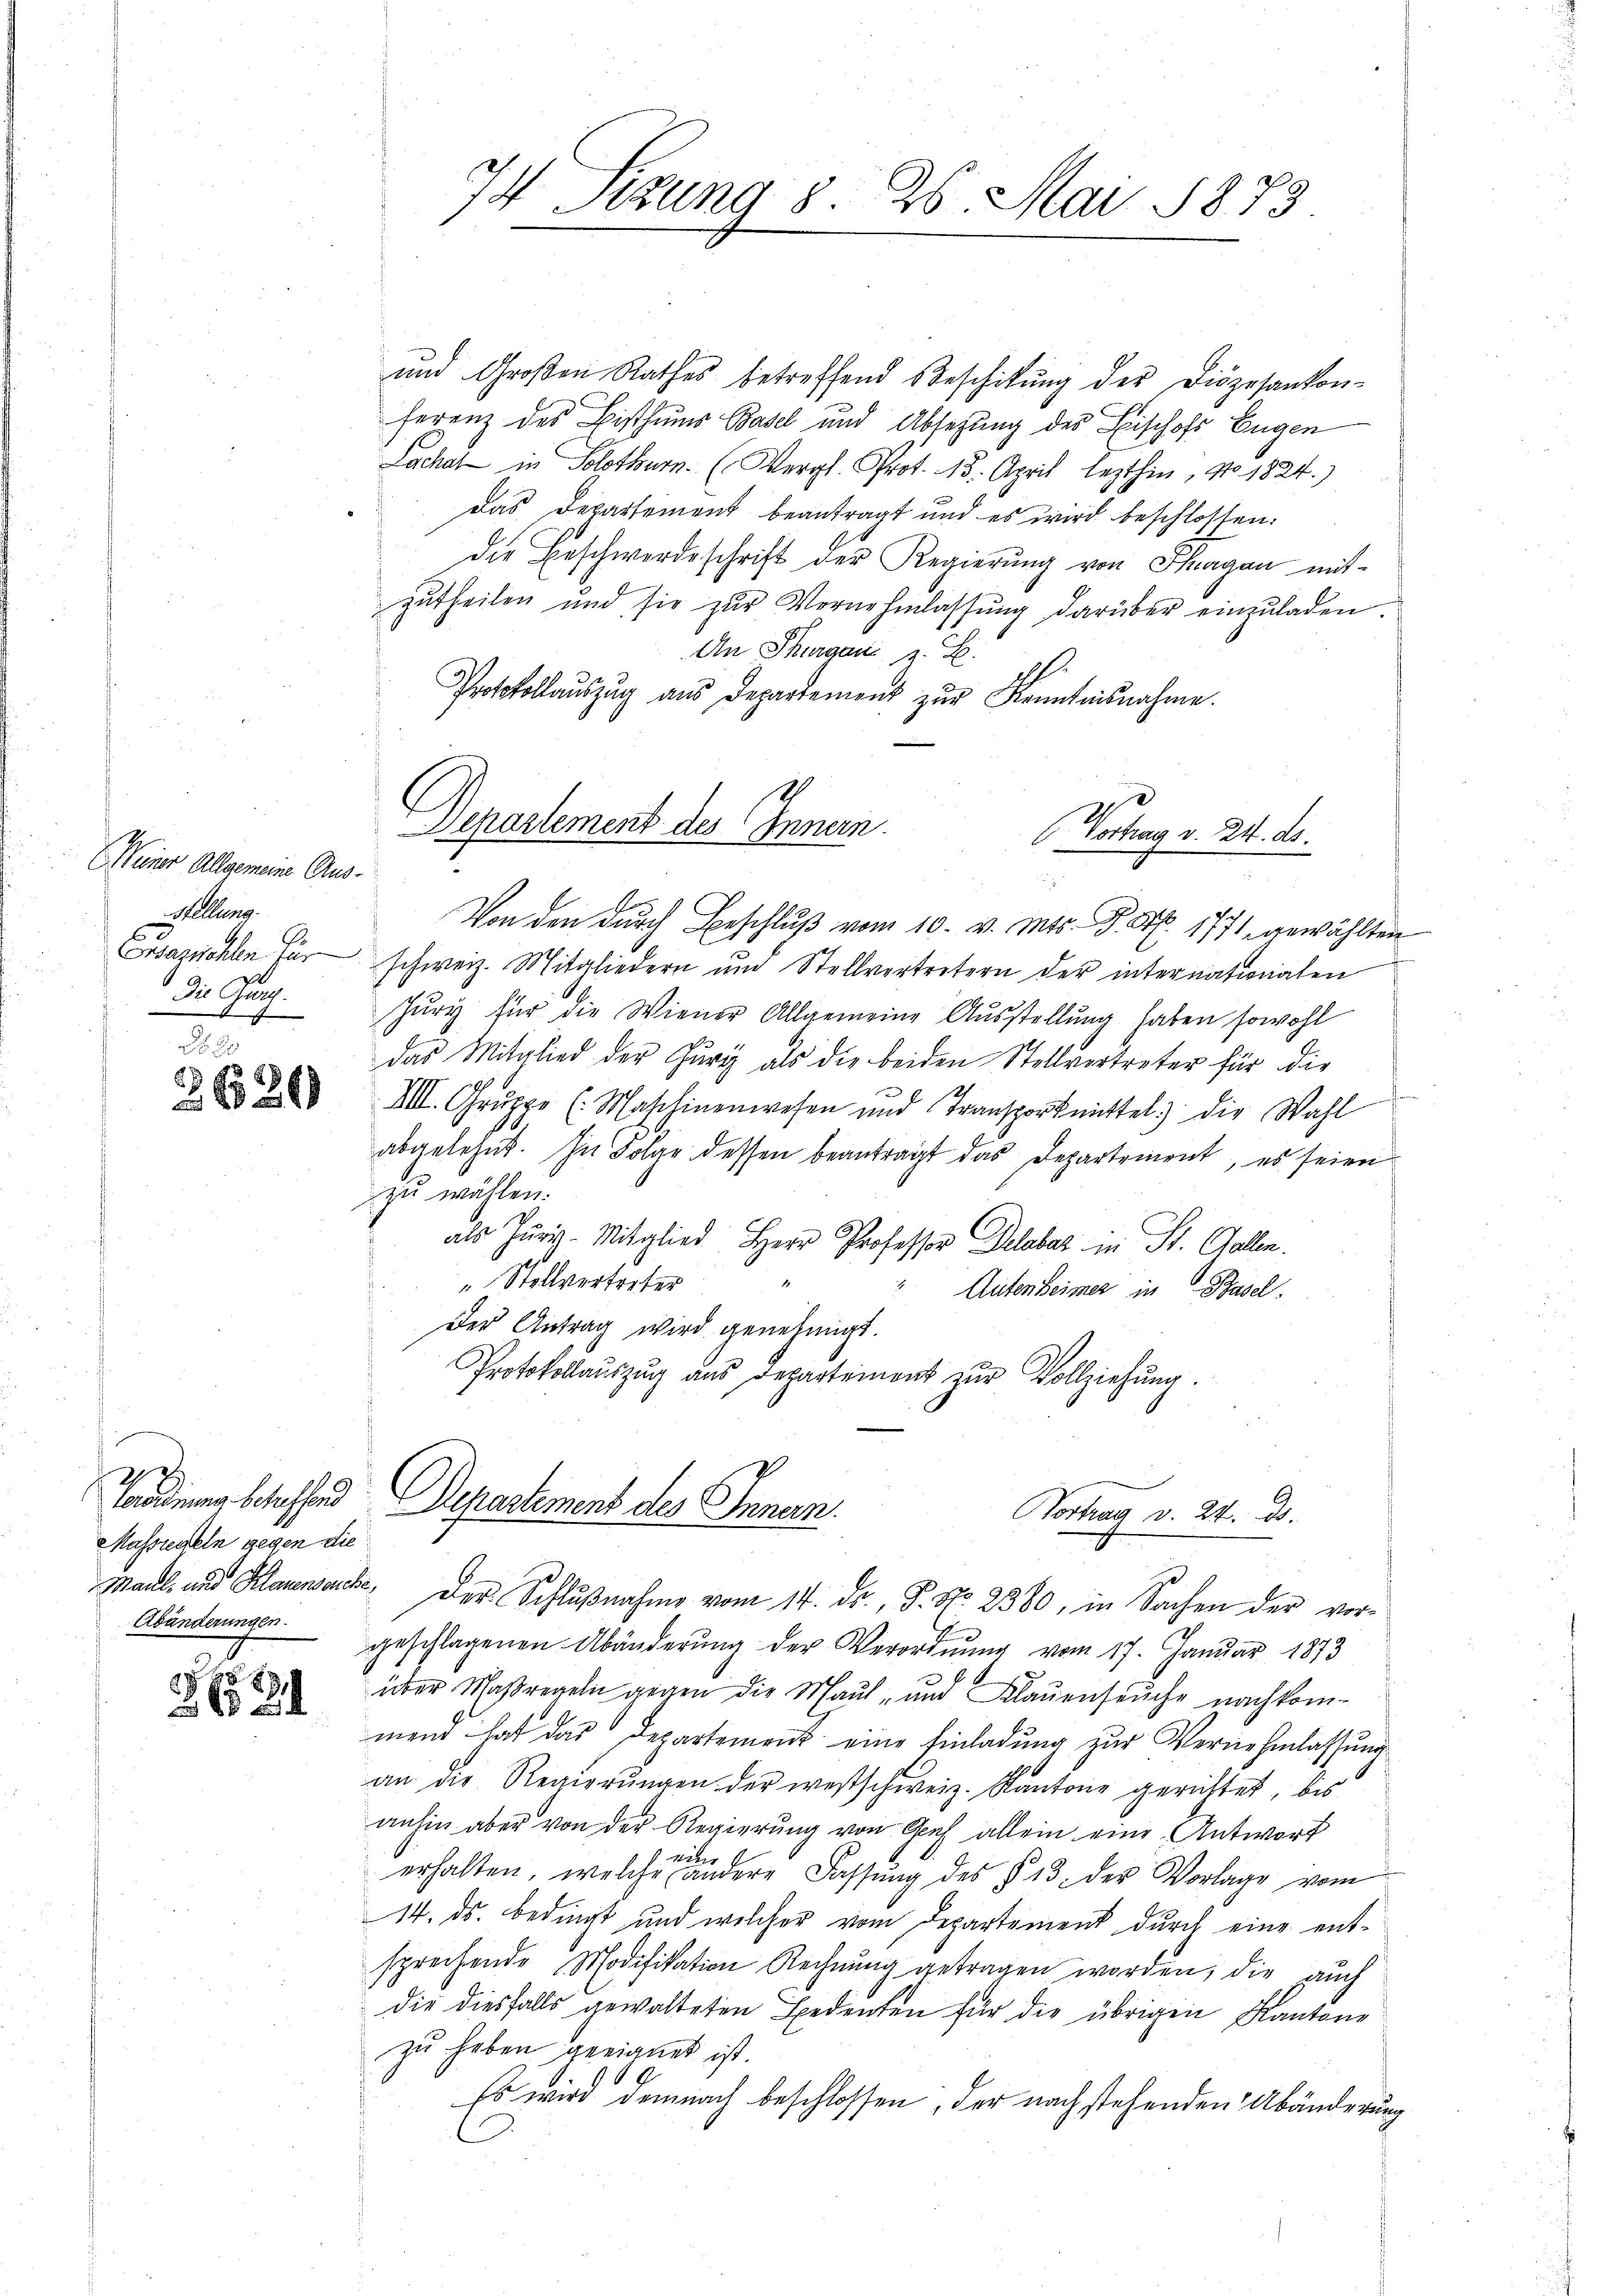
f
E Nüner Allgemeine Aus¬
Stellung.
die Gru

2
620

e
Massregeln gegen die
Abänderungen.

§ 89,

und Großen Rathes betreffend Beschikung der Diözesankon-
ferenz des Bisthums Basel und Absetzung des Fischofs Eugen
Lachal in Solothurn. (Vergl. Prot. 15. April lezthin, No. 1824.)
Das Departement beantragt und es wird beschlossen:
die Beschwerdeschrift der Regierŭng von Tagan mitzŭtheilen und sie zŭr Vernehmlassŭng darüber einzŭladen.
An Thurgau z. B.
.
Protokollaŭszŭg ans Departement zŭr Kenntnisnahme.
Von den durch Beschluß vom 10. v. Mts. S. Nr. 1771 gewählten
Esazwohlen für schweiz. Mitgliedern und Stellvertretern der internationalen
Jury für die Wiener Allgemeine Ausstellung haben sowohl
das Mitglied der Furg als die beiden Stellvertreter für die
VIII. Gruppe (Maschinenwesen und Transportmittel die Wahl
abgelehnt. In Folge dessen beantragt das Departement, es seien
zu wählen.
als Juris-Mitglied Herr Professor Delaber in St. Gallen.
" Stellvertreter
Autenheimer in Basel.
Der Antrag wird genehmigt.
Protokollauszug aus Departemort zŭr Vollziehung.

74 Sizung 8. 25. Mai 1873

Departement des Innern.

Vortrag d. 24. ds.

terordnung betreffend Departement des Innern.
Vortrag v. 24. ds.

e
Maul- und Mauersandte. Der Schlŭβnahme vom 14. ds., P. Nr. 2380, in Sachen der vor-
geschlagenen Abänderung der Verordnung vom 17. Januar 1873
über Maßregeln gegen die Maul- und Klaŭenseuche nachkom-
mend hat das Departement eine Einladung zur Vernehmlassung
an die Regierungen der westschweiz. Kantone gerichtet, bis
anhin aber von der Regierung von Genf allein eine Antwort
Mater
erhalten, welche andere Fassŭng des § 13. der Vorlage vom
14. ds. bedingt und welcher vom Departement durch eine entsprechende Modifikation Rechnŭng getragen worden, die auch
die diesfalls gewalteten Bedenten für die übrigen Kantone
zu haben geeignet ist.
Es wird demnach beschlossen, der nach stehenden Abänderung